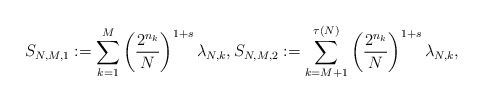
\begin{align*}S_{N,M,1}:=\sum_{k=1}^{M}\left(\frac{2^{n_{k}}}{N}\right)^{1+s}\lambda_{N,k},S_{N,M,2}:=\sum_{k=M+1}^{\tau(N)}\left(\frac{2^{n_{k}}}{N}\right)^{1+s}\lambda_{N,k},\end{align*}